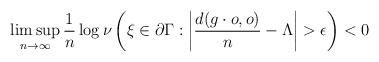
LaTeX: \begin{align*}\limsup_{n\to\infty} \frac{1}{n} \log \nu\left( \xi \in \partial \Gamma: \left| \frac{d(g \cdot o,o)}{n} - \Lambda \right| > \epsilon \right) <0\end{align*}